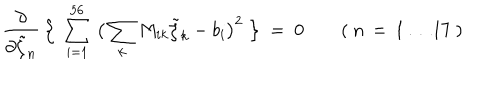
\frac { \partial } { \partial \tilde { \zeta } _ { n } } \, \Big \{ \ \sum _ { i = 1 } ^ { 5 6 } \, \big ( \sum _ { k } M _ { i k } \tilde { \zeta } _ { k } - b _ { i } \big ) ^ { 2 } \ \Big \} \ = \ 0 \qquad ( \ n \, = \, 1 \ldots 1 7 \ )